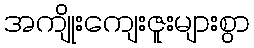
အကျိုးကျေးဇူးများစွာ